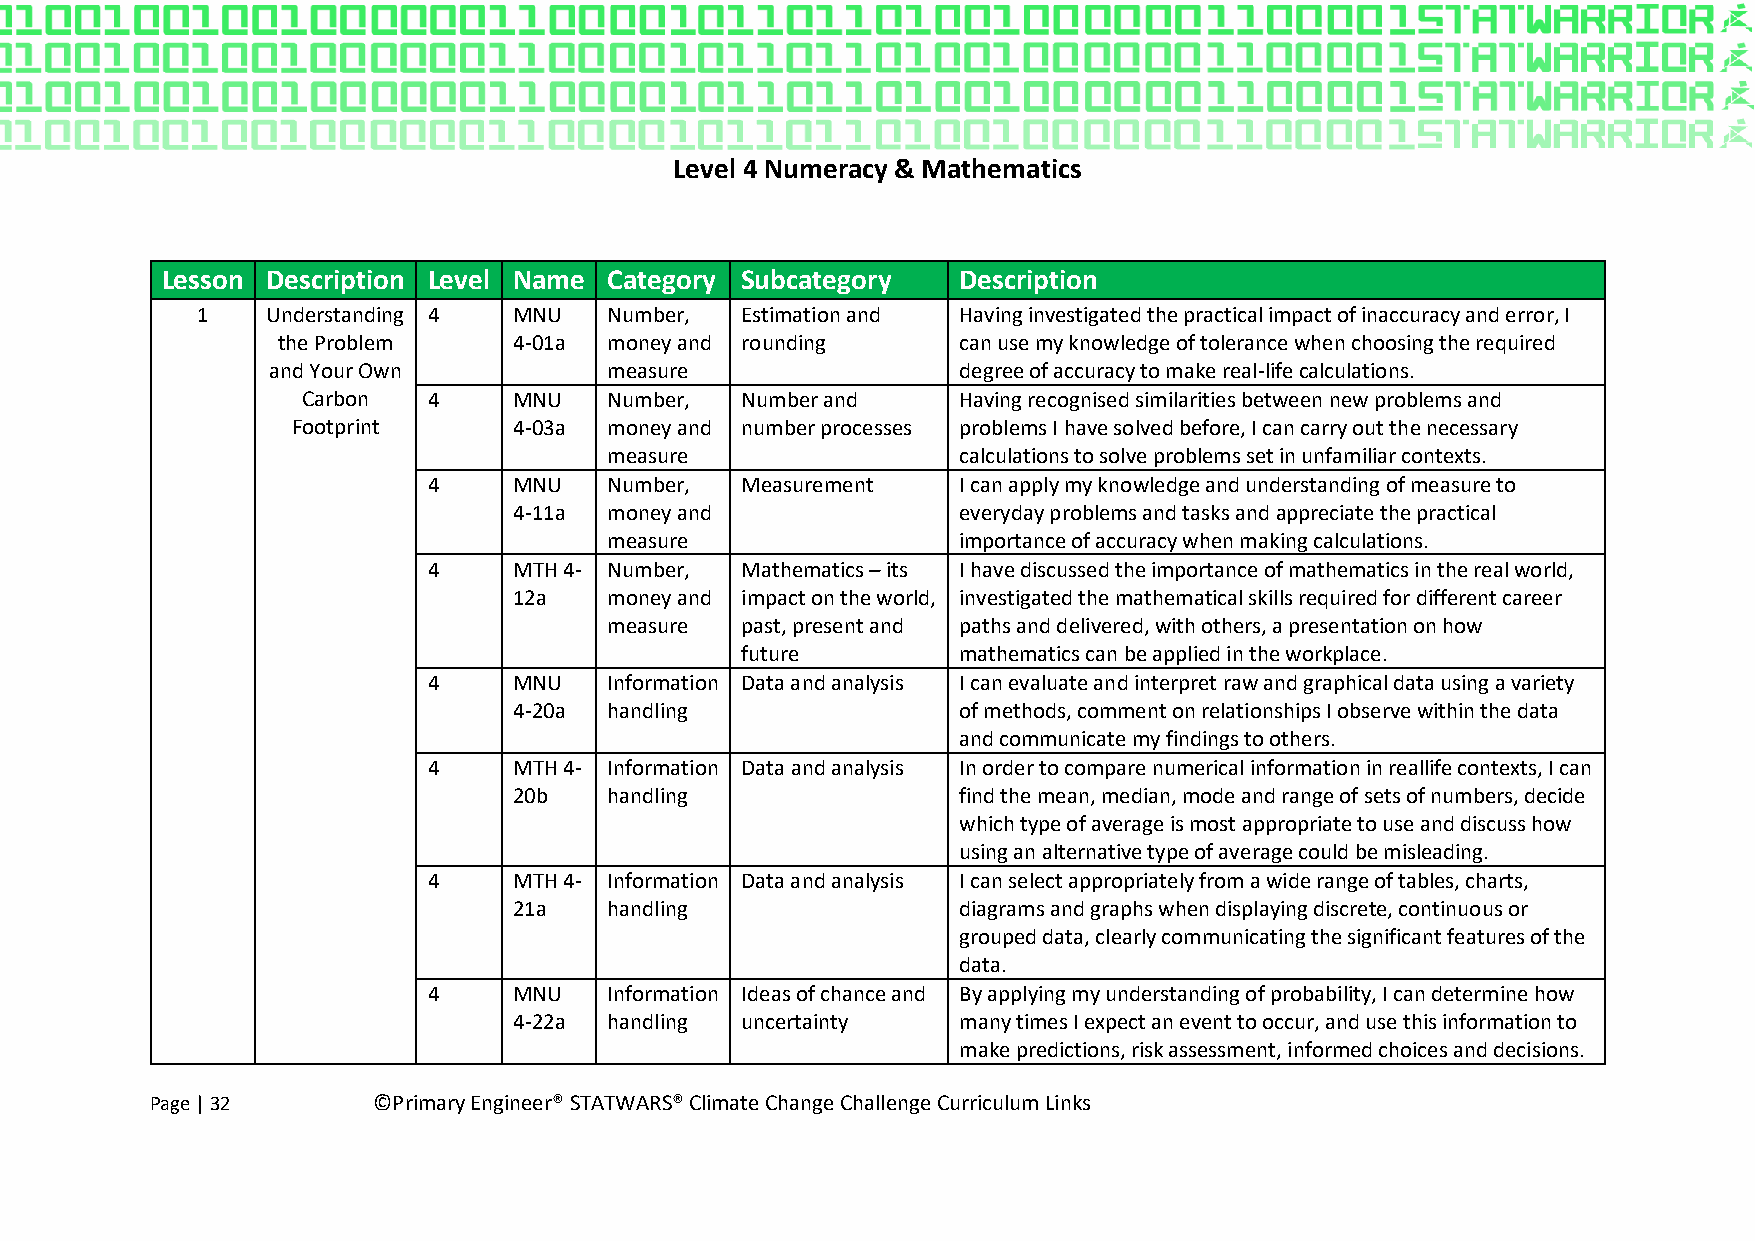
Level 4 Numeracy & Mathematics
 Lesson Description Level Name Category Subcategory  Description
 1    Understanding 4 MNU   Number,  Estimation and Having investigated the practical impact of inaccuracy and error, I
 the Problem     4-01a money and rounding     can use my knowledge of tolerance when choosing the required
 and Your Own          measure                degree of accuracy to make real-life calculations.
 Carbon  4     MNU   Number,  Number and    Having recognised similarities between new problems and
 Footprint      4-03a money and number processes problems I have solved before, I can carry out the necessary
 measure                calculations to solve problems set in unfamiliar contexts.
 4     MNU   Number,  Measurement   I can apply my knowledge and understanding of measure to
 4-11a money and              everyday problems and tasks and appreciate the practical
 measure                importance of accuracy when making calculations.
 4     MTH 4- Number, Mathematics – its I have discussed the importance of mathematics in the real world,
 12a   money and impact on the world, investigated the mathematical skills required for different career
 measure  past, present and paths and delivered, with others, a presentation on how
 future        mathematics can be applied in the workplace.
 4     MNU   Information Data and analysis I can evaluate and interpret raw and graphical data using a variety
 4-20a handling               of methods, comment on relationships I observe within the data
 and communicate my findings to others.
 4     MTH 4- Information Data and analysis In order to compare numerical information in reallife contexts, I can
 20b   handling               find the mean, median, mode and range of sets of numbers, decide
 which type of average is most appropriate to use and discuss how
 using an alternative type of average could be misleading.
 4     MTH 4- Information Data and analysis I can select appropriately from a wide range of tables, charts,
 21a   handling               diagrams and graphs when displaying discrete, continuous or
 grouped data, clearly communicating the significant features of the
 data.
 4     MNU   Information Ideas of chance and By applying my understanding of probability, I can determine how
 4-22a handling uncertainty   many times I expect an event to occur, and use this information to
 make predictions, risk assessment, informed choices and decisions.
 Page | 32      ©Primary Engineer® STATWARS® Climate Change Challenge Curriculum Links